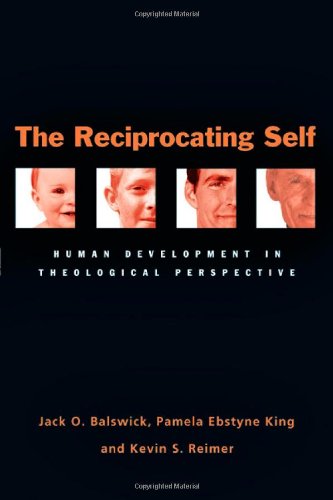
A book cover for The Reciprocating Self: Human Development in Theological Perspective; Jack O. Balswick; Health, Fitness & Dieting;